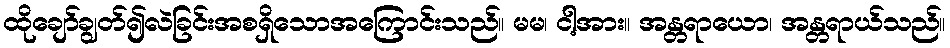
ထိုချော်ချွတ်၍လဲခြင်းအစရှိသောအကြောင်းသည်။ မမ၊ ငါ့အား။ အန္တရာယော၊ အန္တရာယ်သည်။